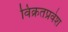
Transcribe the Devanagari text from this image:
विक्रतप्रवेश